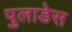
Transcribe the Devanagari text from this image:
पुलाडेस